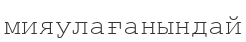
мияулағанындай